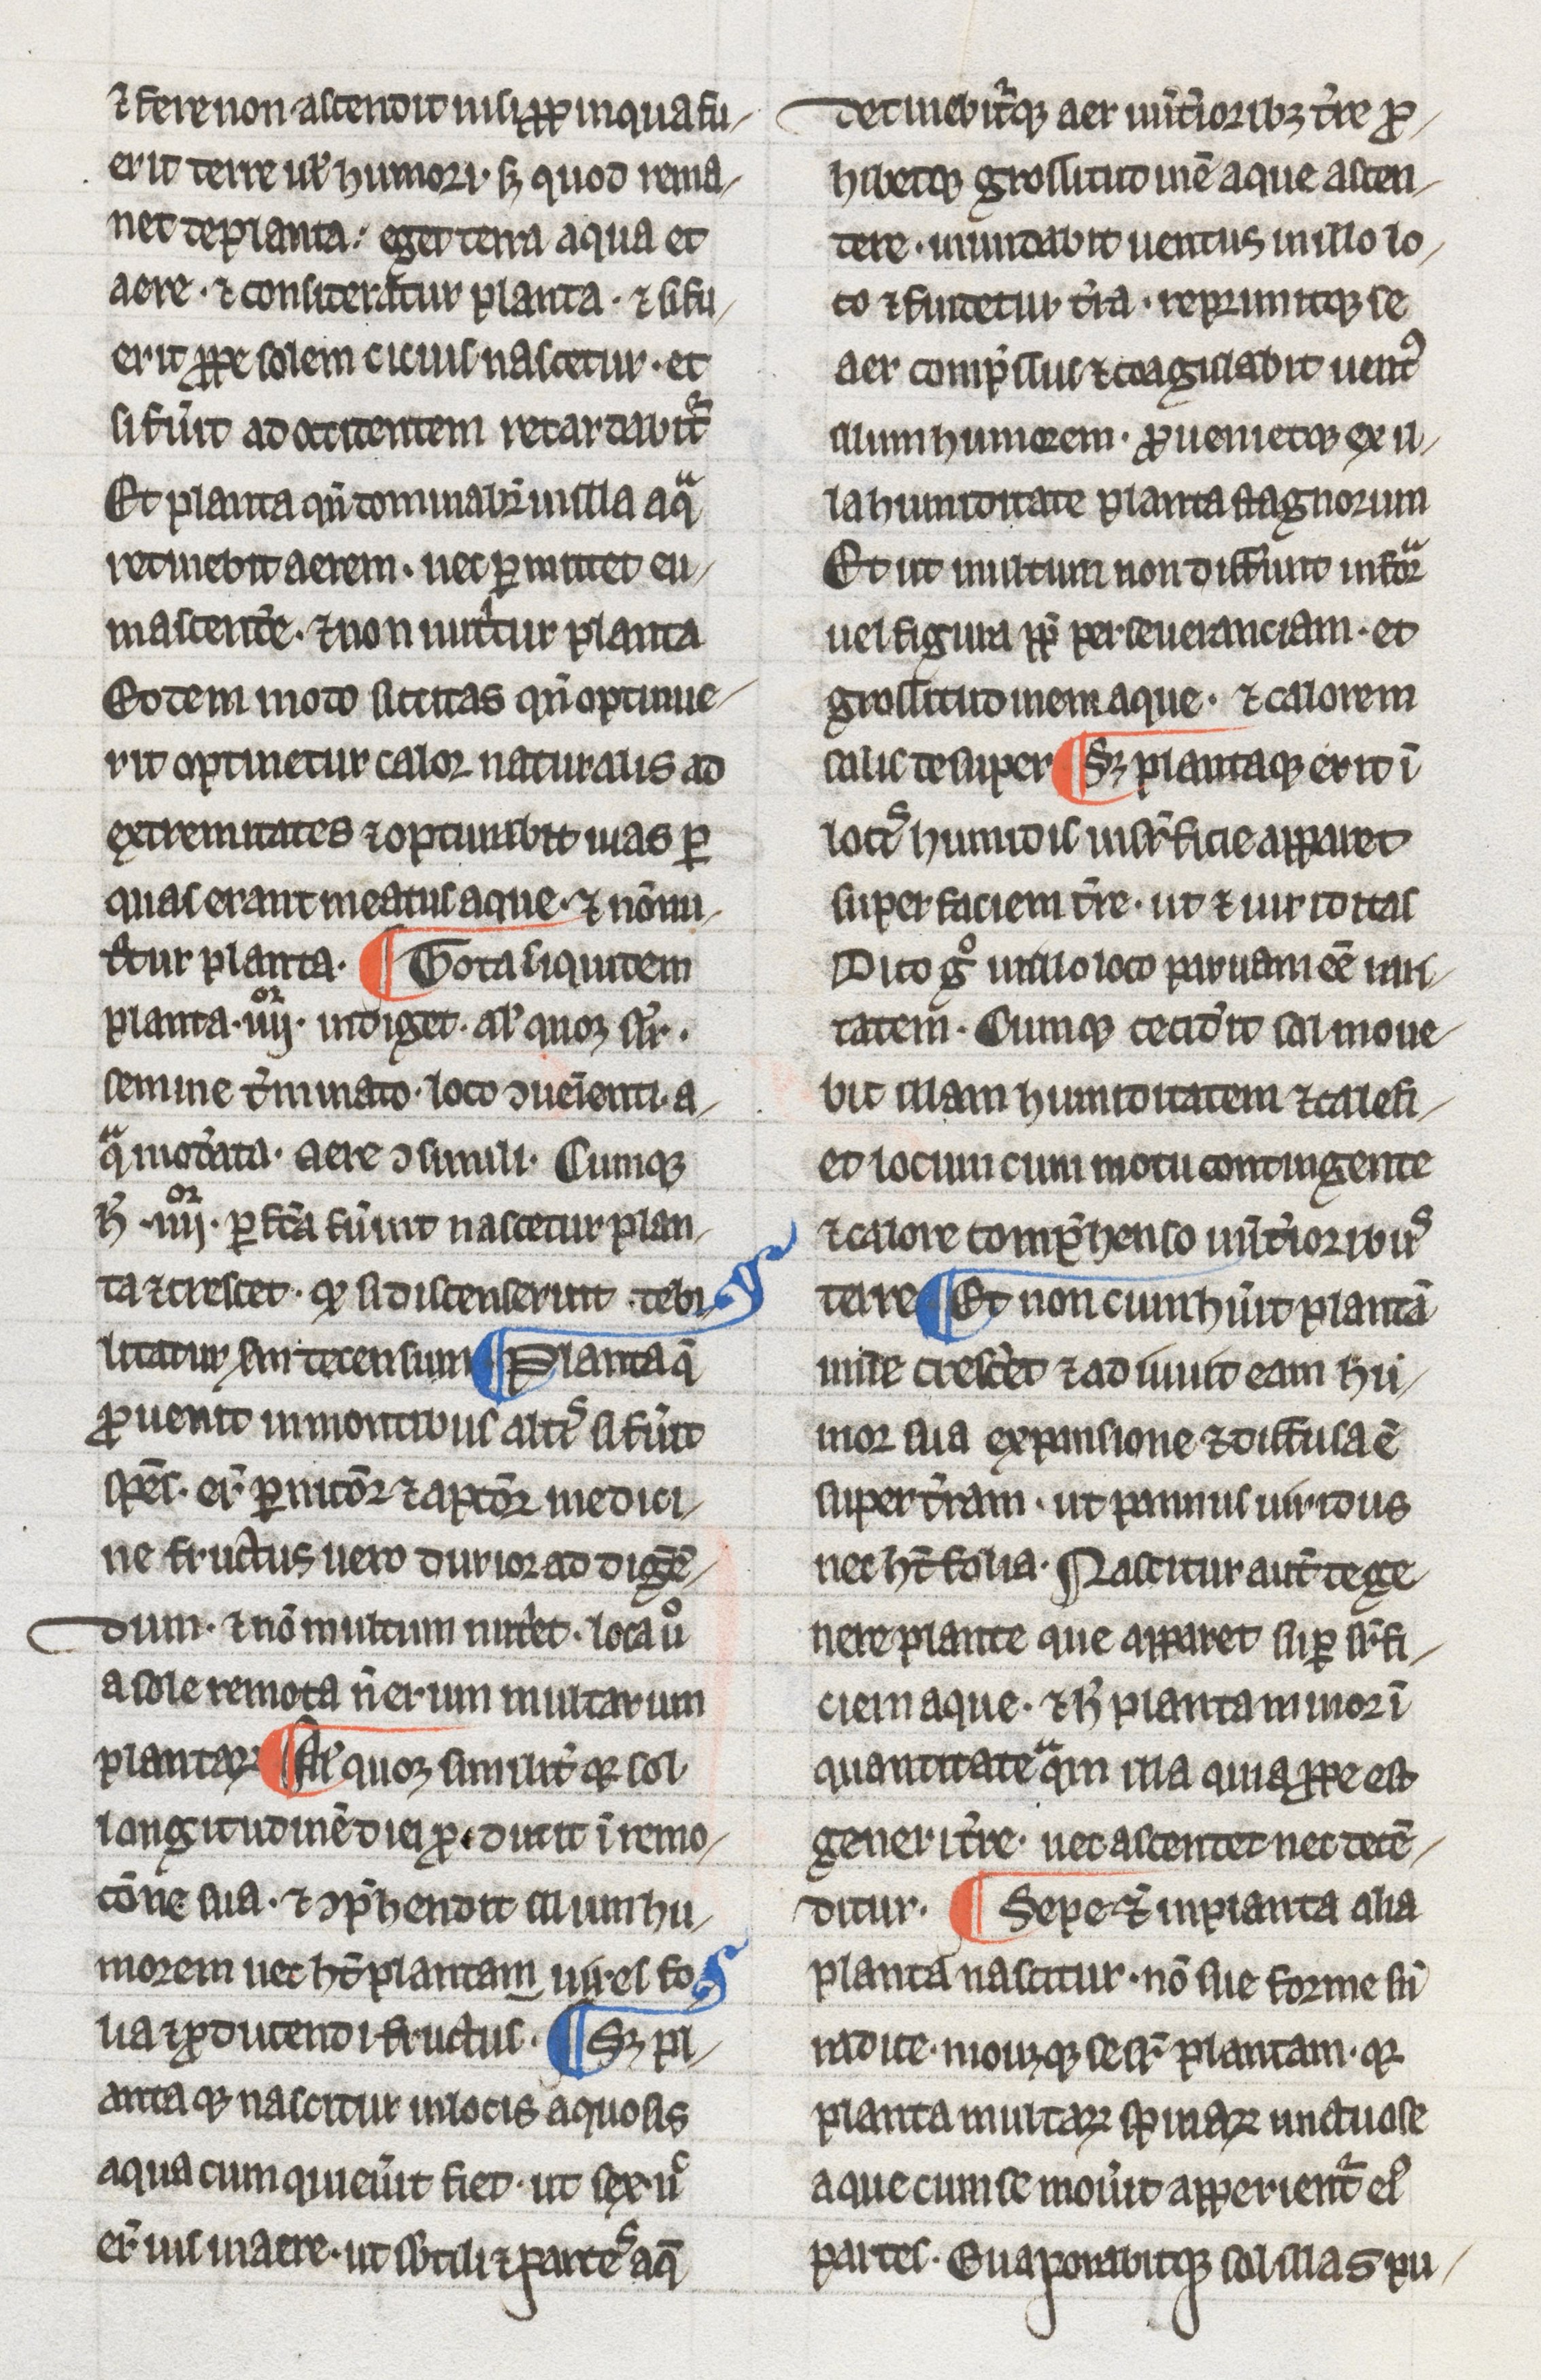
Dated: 1275–1299